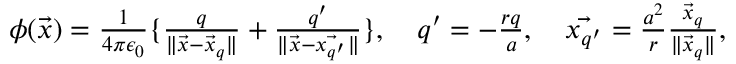
\begin{array} { r } { \phi ( \vec { x } ) = \frac { 1 } { 4 \pi \epsilon _ { 0 } } \{ \frac { q } { \| \vec { x } - \vec { x } _ { q } \| } + \frac { q ^ { \prime } } { \| \vec { x } - \vec { x _ { q ^ { \prime } } } \| } \} , \quad q ^ { \prime } = - \frac { r q } { a } , \quad \vec { x _ { q ^ { \prime } } } = \frac { a ^ { 2 } } { r } \frac { \vec { x } _ { q } } { \| \vec { x } _ { q } \| } , } \end{array}